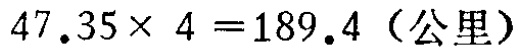
\(47.35\times 4 = 189.4 \text{（公里）}\)